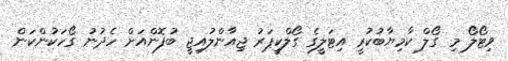
ވިޓޯލޯ މި ގޯލް ކާމިޔާބުކުރީ އިޓަލީގެ ގޯލްކީޕަރު ޖިއާންލުއިޖީ ބުފޮންއަށް ހެދުނު ގޯހަކުންކަން